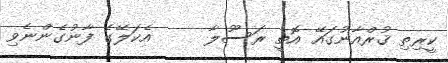
ކީރިތި ޤުރްއާނުގައޭ އޮތީ ރަސޫލާ     އެކަލޭގެ ފާނުގެންނެވި